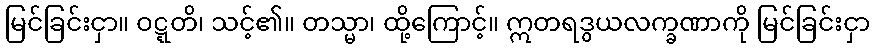
မြင်ခြင်းငှာ။ ဝဋ္ဋတိ၊ သင့်၏။ တသ္မာ၊ ထို့ကြောင့်။ ဣတရဒွယလက္ခဏာကို မြင်ခြင်းငှာ